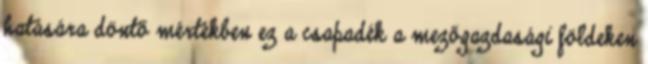
hatására döntő mértékben ez a csapadék a mezőgazdasági földeken